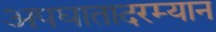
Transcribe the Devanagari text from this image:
अपघातादरम्यान